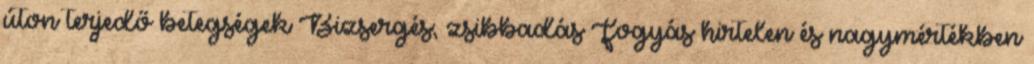
úton terjedő betegségek Bizsergés; zsibbadás Fogyás hirtelen és nagymértékben